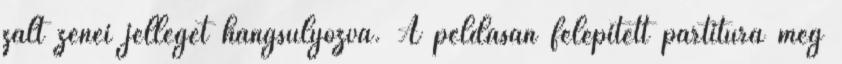
zált zenei jellegét hangsúlyozva. A példásan felépített partitúra meg